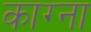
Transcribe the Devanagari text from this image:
काग्ना